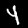
Label: 4